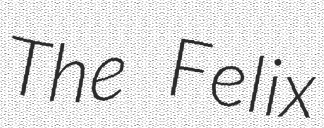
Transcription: The Felix